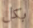
بكل